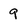
Character: 9